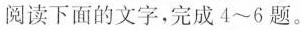
阅读下面的文字，完成4~6题。